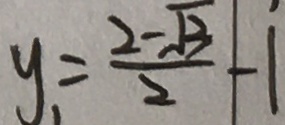
y _ { 1 } = \frac { 2 - \sqrt { 3 } } { 2 } - 1